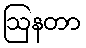
ဩနတာ